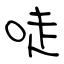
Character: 唗